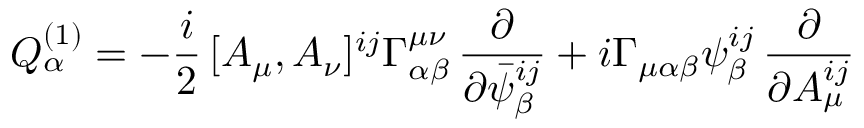
Q _ { \alpha } ^ { ( 1 ) } = - \frac { i } { 2 } \, [ A _ { \mu } , A _ { \nu } ] ^ { i j } \Gamma _ { \alpha \beta } ^ { \mu \nu } \, \frac { \partial } { \partial \bar { \psi } _ { \beta } ^ { i j } } + i \Gamma _ { \mu \alpha \beta } \psi _ { \beta } ^ { i j } \, \frac { \partial } { \partial A _ { \mu } ^ { i j } }